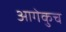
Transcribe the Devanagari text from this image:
आगेकुच